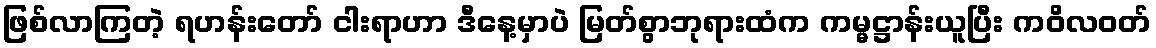
ဖြစ်လာကြတဲ့ ရဟန်းတော် ငါးရာဟာ ဒီနေ့မှာပဲ မြတ်စွာဘုရားထံက ကမ္မဋ္ဌာန်းယူပြီး ကဝိလဝတ်